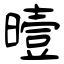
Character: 曀